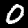
Label: 0